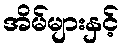
အိမ်များနှင့်